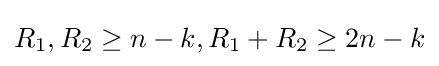
R_{1},R_{2}\geq n-k,R_{1}+R_{2}\geq 2n-k